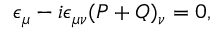
\epsilon _ { \mu } - i \epsilon _ { \mu \nu } ( P + Q ) _ { \nu } = 0 ,